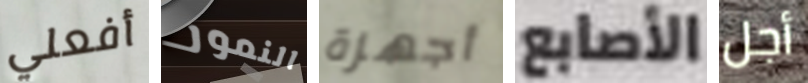
أفعلي النمور أجهزة الأصابع أجل